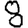
Digit: 8